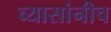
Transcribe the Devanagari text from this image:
व्यासांनीच